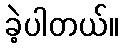
ခဲ့ပါတယ်။